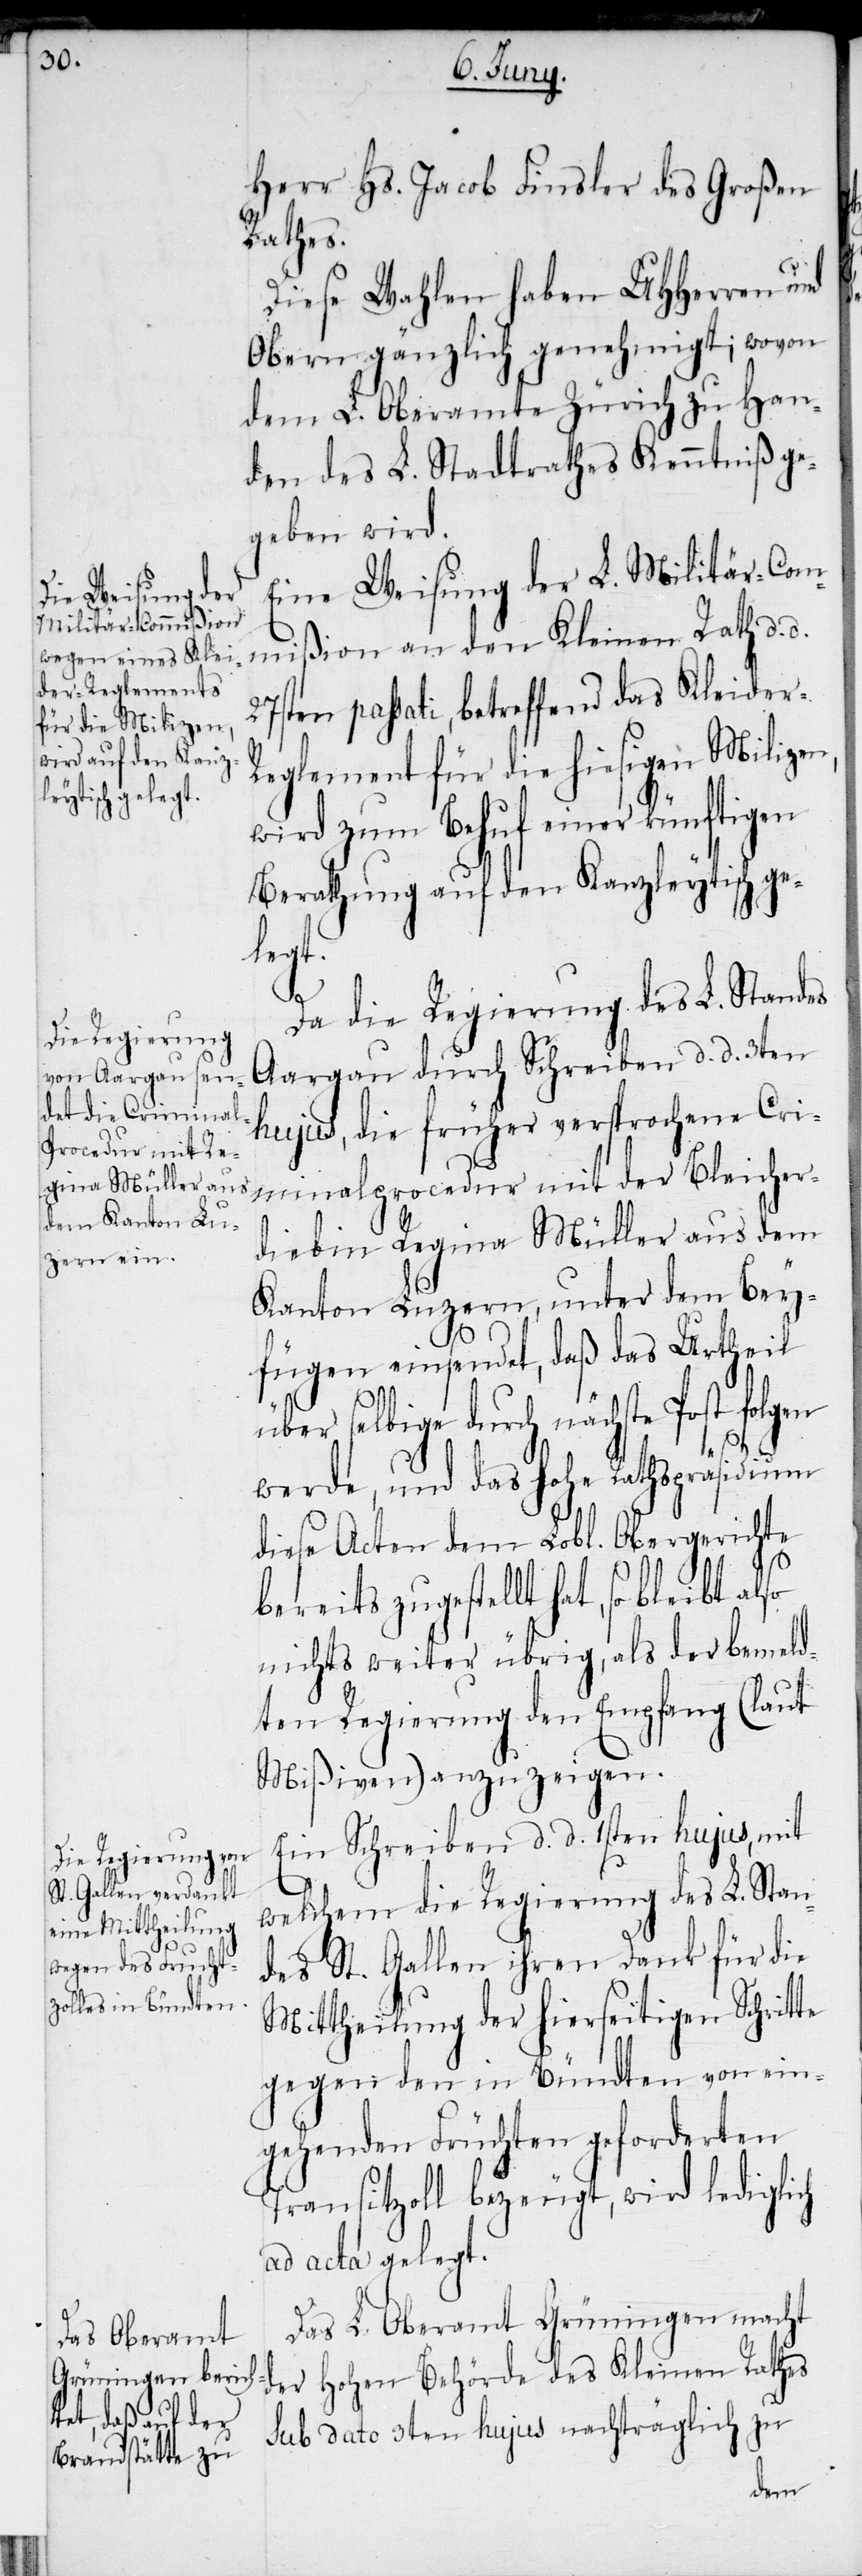
Herr Hs. Jacob Finsler des Großen
Rathes.
Diese Wahlen haben UHHerren und
Obern gänzlich genehmigt; wovon
dem L. Oberamte Zürich zu Han¬
den des L. Stadtrathes Kenntniß ge¬
geben wird.
Eine Weisung der L. Militär-Com¬
mißion an den Kleinen Rath d. d.
27sten passati, betreffend das Kleider-R¬
eglement für die hiesigen Milizen,
wird zum Behuf einer künftigen
Berathung auf den Kanzleytisch ge¬
legt.
Da die Regierung des L. Standes
Aargau durch Schreiben d. d. 3ten
hujus, die früher versprochene Cri¬
minalprocedur mit der Bleicher¬
diebin Regina Müller aus dem
Kanton Luzern, unter dem Bey¬
fügen einsendet, daß das Urtheil
über selbige durch nächste Post folgen
werde, und das hohe Rathspräsidium
diese Acten dem Lobl. Obergerichte
bereits zugestellt hat, so bleibt
nichts weiter übrig, als der bemeld¬
ten Regierung den Empfang (laut
Mißiven) anzuzeigen.
Ein Schreiben d. d. 1sten hujus, mit
welchem die Regierung des L. Stan¬
des St. Gallen ihren Dank für die
Mittheilung der hierseitigen Schritte
gegen den in Bündten von ein¬
gehenden Früchten geforderten
Transitzoll bezeugt, wird lediglich
ad acta gelegt.
Das L. Oberamt Grüningen macht
der Hohen Behörde des Kleinen Rathes
sub dato 3ten hujus nachträglich zu